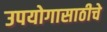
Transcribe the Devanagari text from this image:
उपयोगासाठीचे